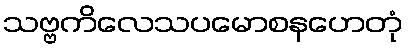
သဗ္ဗကိလေသပမောစနဟေတုံ